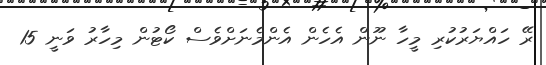
ރޭ ހައްޔަރުކުރި މީހާ ނޫން އެހެން އެންމެނަށްވެސް ކޯޓުން މިހާރު ވަނީ 15